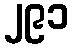
၂၉၁